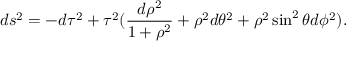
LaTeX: d s ^ { 2 } = - d \tau ^ { 2 } + \tau ^ { 2 } ( \frac { d \rho ^ { 2 } } { 1 + \rho ^ { 2 } } + \rho ^ { 2 } d \theta ^ { 2 } + \rho ^ { 2 } \sin ^ { 2 } \theta d \phi ^ { 2 } ) .